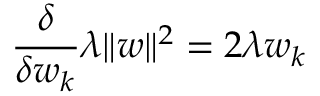
\frac { \delta } { \delta w _ { k } } \lambda \| w \| ^ { 2 } = 2 \lambda w _ { k }